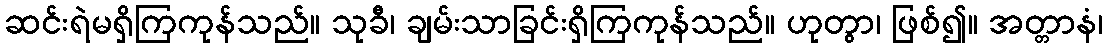
ဆင်းရဲမရှိကြကုန်သည်။ သုခီ၊ ချမ်းသာခြင်းရှိကြကုန်သည်။ ဟုတွာ၊ ဖြစ်၍။ အတ္တာနံ၊